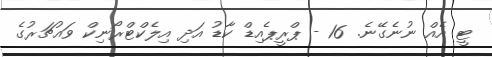
ޓީ އެއް ނުނެގޭނެ. 16 - ޕްރީޕެއިޑް ކާޑު އަދި އިލެކްޓްރޯނިކް ވައުޗަރުގެ